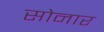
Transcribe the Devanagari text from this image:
साेनार